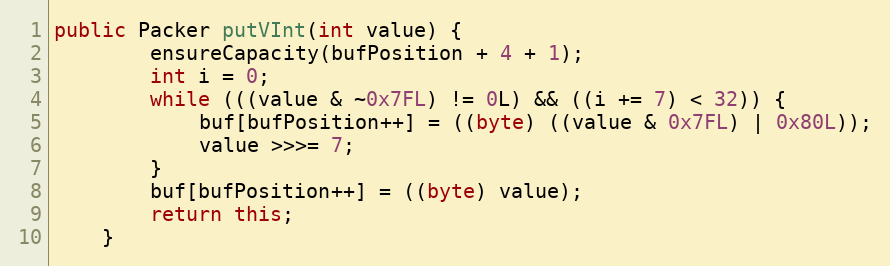
Language: Java
public Packer putVInt(int value) {
		ensureCapacity(bufPosition + 4 + 1);
		int i = 0;
		while (((value & ~0x7FL) != 0L) && ((i += 7) < 32)) {
			buf[bufPosition++] = ((byte) ((value & 0x7FL) | 0x80L));
			value >>>= 7;
		}
		buf[bufPosition++] = ((byte) value);
		return this;
	}